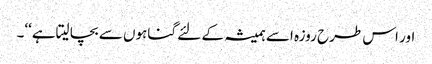
اور اس طرح روزہ اسے ہمیشہ کے لئے گناہوں سے بچا لیتاہے‘‘۔